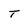
Character: T